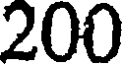
200